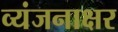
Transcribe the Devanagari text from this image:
व्यंजनाक्षर